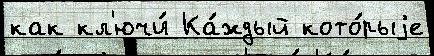
как кл'ючи́ Ка́ждый кото́рыjе